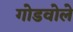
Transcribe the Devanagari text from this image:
गोडवोले